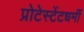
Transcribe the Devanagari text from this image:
प्रोटेस्टेंटधर्मी